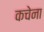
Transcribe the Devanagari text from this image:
कचेना